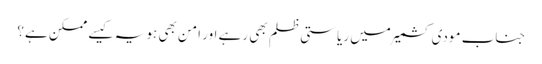
جناب مودی کشمیر میں ریاستی ظلم بھی رہے اور امن بھی ہو یہ کیسے ممکن ہے؟